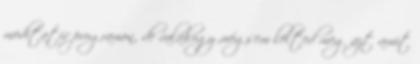
meditatív programon, de valahogy mégsem lelted meg azt amit